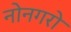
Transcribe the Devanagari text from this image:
नोनगरो